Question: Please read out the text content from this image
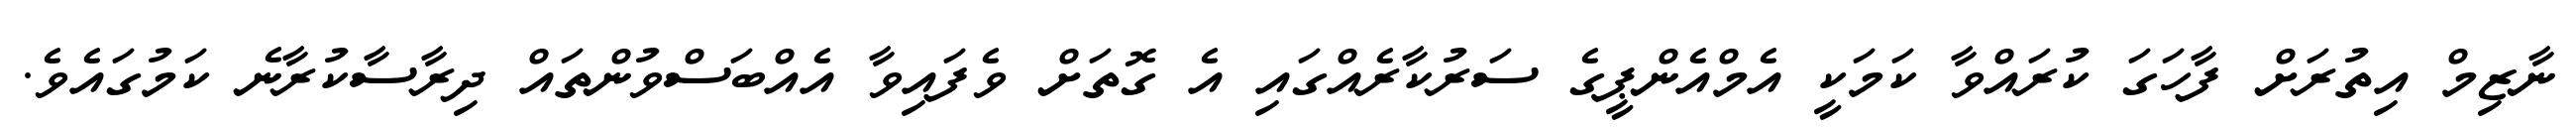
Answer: ނާޒިމް އިތުރަށް ފާހަގަ ކުރައްވާ ކަމަކީ އެމްއެންޕީގެ ސަރުކާރެއްގައި އެ ގޮތަށް ވެފައިވާ އެއްބަސްވުންތައް ދިރާސާކުރާނެ ކަމުގައެވެ.